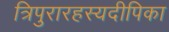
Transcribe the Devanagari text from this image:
त्रिपुरारहस्यदीपिका